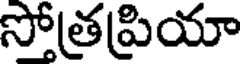
సోత్రప్రియా